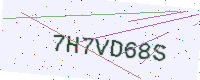
Text: 7H7VD68S